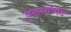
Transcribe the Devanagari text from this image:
वक्तव्यमिदं